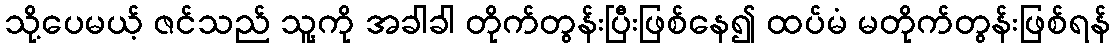
သို့ပေမယ့် ဇင်သည် သူ့ကို အခါခါ တိုက်တွန်းပြီးဖြစ်နေ၍ ထပ်မံ မတိုက်တွန်းဖြစ်ရန်